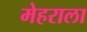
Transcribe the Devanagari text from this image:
मेहराला